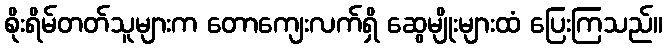
စိုးရိမ်တတ်သူများက တောကျေးလက်ရှိ ဆွေမျိုးများထံ ပြေးကြသည်။